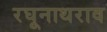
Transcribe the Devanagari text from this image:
रघूनाथराव